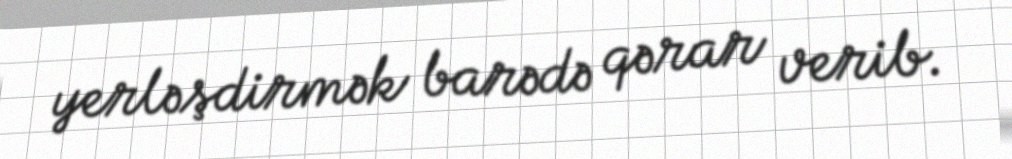
yerləşdirmək barədə qərar verib.